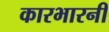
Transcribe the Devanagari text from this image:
कारभारनी